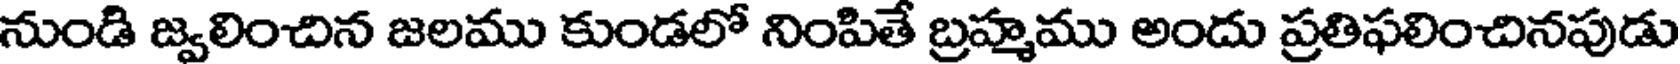
నుండి జ్వలించిన జలము కుండలో నింపితే బ్రహ్మము అందు ప్రతిఫలించినపుడు